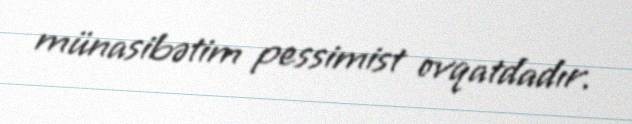
münasibətim pessimist ovqatdadır.